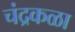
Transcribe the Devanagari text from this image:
चंद्रकळा